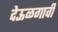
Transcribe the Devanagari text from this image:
देऊळगावी